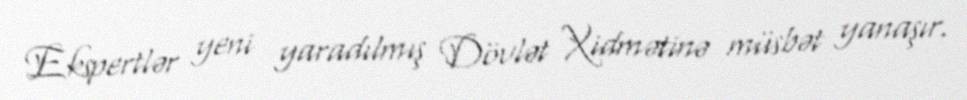
Ekspertlər yeni yaradılmış Dövlət Xidmətinə müsbət yanaşır.